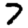
Digit: 7